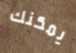
يمكنك